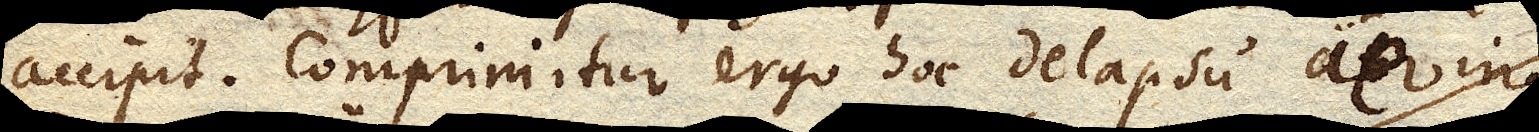
accipit. Comprimitur ergo hoc delapsu aer in